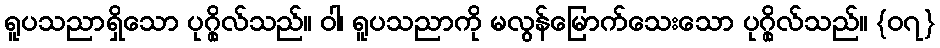
ရူပသညာရှိသော ပုဂ္ဂိုလ်သည်။ ဝါ၊ ရူပသညာကို မလွန်မြောက်သေးသော ပုဂ္ဂိုလ်သည်။ {၀၇}